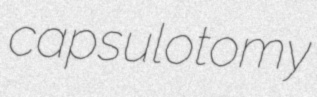
capsulotomy